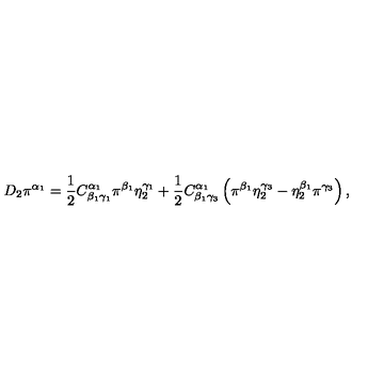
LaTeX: D _ { 2 } \pi ^ { \alpha _ { 1 } } = \frac 1 2 C _ { \beta _ { 1 } \gamma _ { 1 } } ^ { \alpha _ { 1 } } \pi ^ { \beta _ { 1 } } \eta _ { 2 } ^ { \gamma _ { 1 } } + \frac 1 2 C _ { \beta _ { 1 } \gamma _ { 3 } } ^ { \alpha _ { 1 } } \left( \pi ^ { \beta _ { 1 } } \eta _ { 2 } ^ { \gamma _ { 3 } } - \eta _ { 2 } ^ { \beta _ { 1 } } \pi ^ { \gamma _ { 3 } } \right) ,